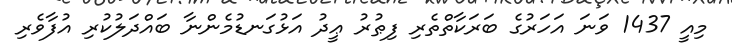
މިއީ 1437 ވަނަ އަހަރުގެ ބަރަކާތްތެރި ފިޠުރު ޢީދު އަޅުގަނޑުމެންނާ ބައްދަލުކުރި އުފާވެރި